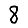
Digit: 8